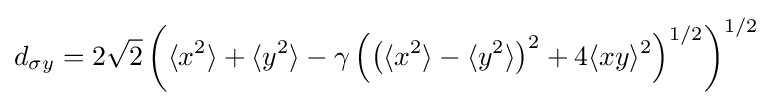
d_{\sigma y}=2{\sqrt {2}}\left(\langle x^{2}\rangle +\langle y^{2}\rangle -\gamma \left(\left(\langle x^{2}\rangle -\langle y^{2}\rangle \right)^{2}+4\langle xy\rangle ^{2}\right)^{1/2}\right)^{1/2}